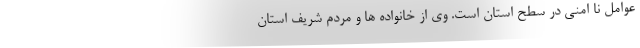
عوامل نا امنی در سطح استان است. وی از خانواده ها و مردم شریف استان